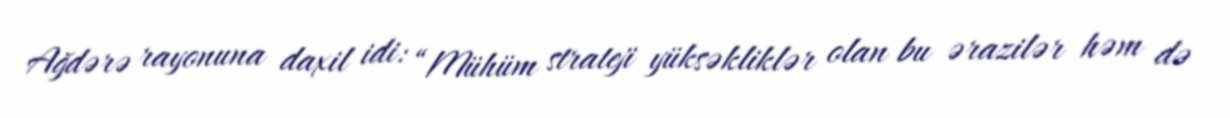
Ağdərə rayonuna daxil idi: “Mühüm strateji yüksəkliklər olan bu ərazilər həm də